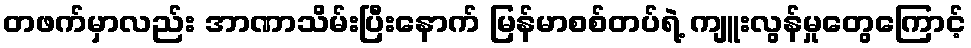
တဖက်မှာလည်း အာဏာသိမ်းပြီးနောက် မြန်မာစစ်တပ်ရဲ့ ကျူးလွန်မှုတွေကြောင့်